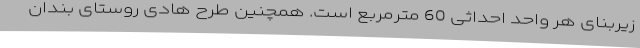
زیربنای هر واحد احداثی 60 مترمربع است. همچنین طرح هادی روستای بندان